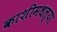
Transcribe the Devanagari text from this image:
काशीमधल्या